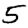
Digit: 5